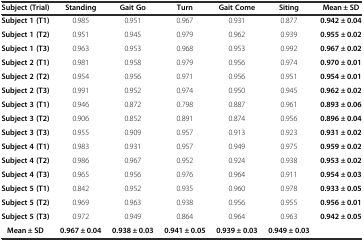
<table><thead><tr><td><b>Subject (Trial)</b></td><td><b>Standing</b></td><td><b>Gait Go</b></td><td><b>Turn</b></td><td><b>Gait Come</b></td><td><b>Siting</b></td><td><b>Mean ± SD</b></td></tr></thead><tbody><tr><td><b>Subject 1 (T1)</b></td><td>0.985</td><td>0.951</td><td>0.967</td><td>0.931</td><td>0.877</td><td><b>0.942 ± 0.04</b></td></tr><tr><td><b>Subject 1 (T2)</b></td><td>0.951</td><td>0.945</td><td>0.979</td><td>0.962</td><td>0.939</td><td><b>0.955 ± 0.02</b></td></tr><tr><td><b>Subject 1 (T3)</b></td><td>0.963</td><td>0.953</td><td>0.968</td><td>0.953</td><td>0.992</td><td><b>0.967 ± 0.02</b></td></tr><tr><td><b>Subject 2 (T1)</b></td><td>0.981</td><td>0.958</td><td>0.979</td><td>0.956</td><td>0.974</td><td><b>0.970 ± 0.01</b></td></tr><tr><td><b>Subject 2 (T2)</b></td><td>0.954</td><td>0.956</td><td>0.971</td><td>0.956</td><td>0.951</td><td><b>0.954 ± 0.01</b></td></tr><tr><td><b>Subject 2 (T3)</b></td><td>0.991</td><td>0.952</td><td>0.974</td><td>0.950</td><td>0.945</td><td><b>0.962 ± 0.02</b></td></tr><tr><td><b>Subject 3 (T1)</b></td><td>0.946</td><td>0.872</td><td>0.798</td><td>0.887</td><td>0.961</td><td><b>0.893 ± 0.06</b></td></tr><tr><td><b>Subject 3 (T2)</b></td><td>0.906</td><td>0.852</td><td>0.891</td><td>0.874</td><td>0.956</td><td><b>0.896 ± 0.04</b></td></tr><tr><td><b>Subject 3 (T3)</b></td><td>0.955</td><td>0.909</td><td>0.957</td><td>0.913</td><td>0.923</td><td><b>0.931 ± 0.02</b></td></tr><tr><td><b>Subject 4 (T1)</b></td><td>0.983</td><td>0.931</td><td>0.957</td><td>0.949</td><td>0.975</td><td><b>0.959 ± 0.02</b></td></tr><tr><td><b>Subject 4 (T2)</b></td><td>0.986</td><td>0.967</td><td>0.952</td><td>0.924</td><td>0.938</td><td><b>0.953 ± 0.02</b></td></tr><tr><td><b>Subject 4 (T3)</b></td><td>0.965</td><td>0.956</td><td>0.976</td><td>0.964</td><td>0.911</td><td><b>0.954 ± 0.03</b></td></tr><tr><td><b>Subject 5 (T1)</b></td><td>0.842</td><td>0.952</td><td>0.935</td><td>0.960</td><td>0.978</td><td><b>0.933 ± 0.05</b></td></tr><tr><td><b>Subject 5 (T2)</b></td><td>0.969</td><td>0.963</td><td>0.938</td><td>0.956</td><td>0.955</td><td><b>0.956 ± 0.01</b></td></tr><tr><td><b>Subject 5 (T3)</b></td><td>0.972</td><td>0.949</td><td>0.864</td><td>0.964</td><td>0.963</td><td><b>0.942 ± 0.05</b></td></tr><tr><td><b>Mean ± SD</b></td><td><b>0.967 ± 0.04</b></td><td><b>0.938 ± 0.03</b></td><td><b>0.941 ± 0.05</b></td><td><b>0.939 ± 0.03</b></td><td><b>0.949 ± 0.03</b></td><td></td></tr></tbody></table>